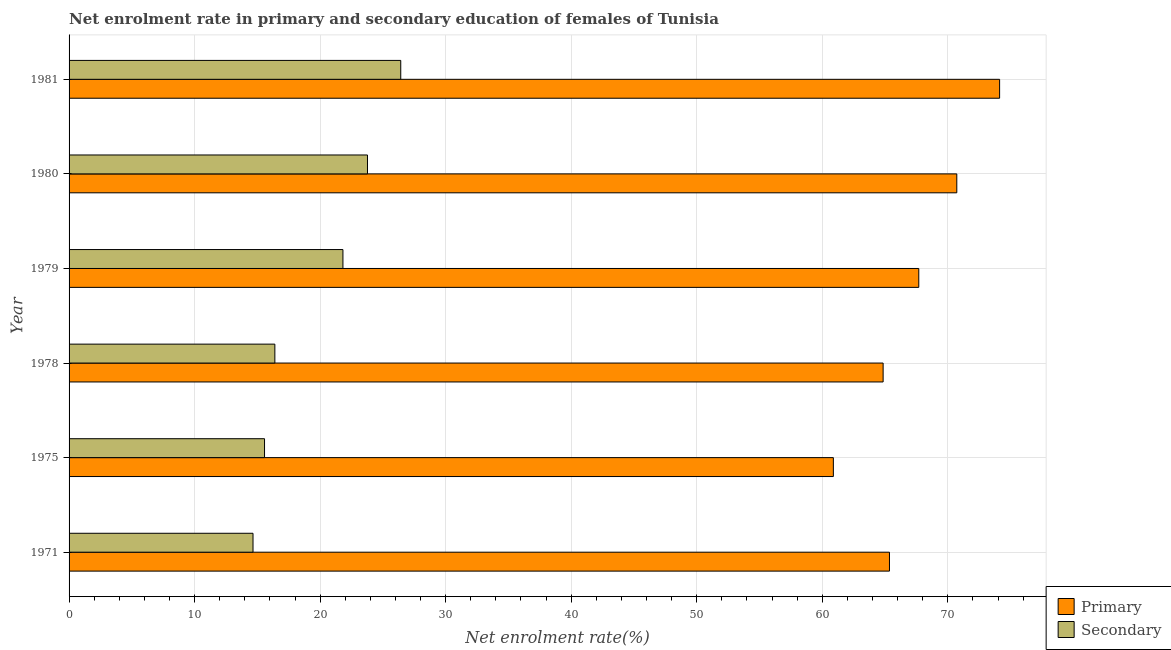
| Year | Primary | Secondary |
 | --- | --- | --- |
 | 1971 | 65.4 | 14.7 |
 | 1975 | 60.9 | 15.6 |
 | 1978 | 64.8 | 16.4 |
 | 1979 | 67.7 | 21.8 |
 | 1980 | 70.7 | 23.8 |
 | 1981 | 74.1 | 26.4 |